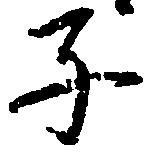
子